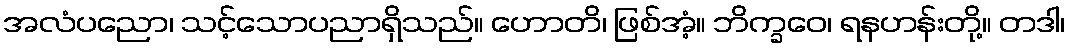
အလံပညော၊ သင့်သောပညာရှိသည်။ ဟောတိ၊ ဖြစ်အံ့။ ဘိက္ခဝေ၊ ရနဟန်းတို့။ တဒါ၊